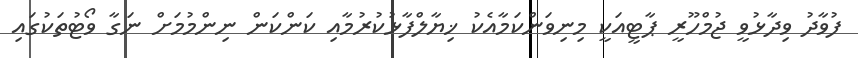
ފުވާދު ވިދާޅުވީ ޖުމްހޫރީ ޕާޓީއަކީ މިނިވަންކަމާއެކު ޚިޔާލްފާޅުކުރުމާއި ކަންކަން ނިންމުމަށް ނަގާ ވޯޓުތަކުގައި